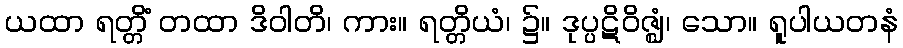
ယထာ ရတ္တိံ တထာ ဒိဝါတိ၊ ကား။ ရတ္တိယံ၊ ၌။ ဒုပ္ပဋိဝိဇ္ဈံ၊ သော။ ရူပါယတနံ